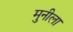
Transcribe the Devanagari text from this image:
मुनीला